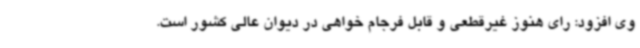
وی افزود: رای هنوز غیرقطعی و قابل فرجام خواهی در دیوان عالی کشور است.